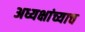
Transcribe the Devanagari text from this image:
अध्यक्षांच्याच